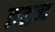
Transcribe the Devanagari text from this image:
इट्रज